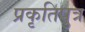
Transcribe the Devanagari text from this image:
प्रकृतिपुत्र